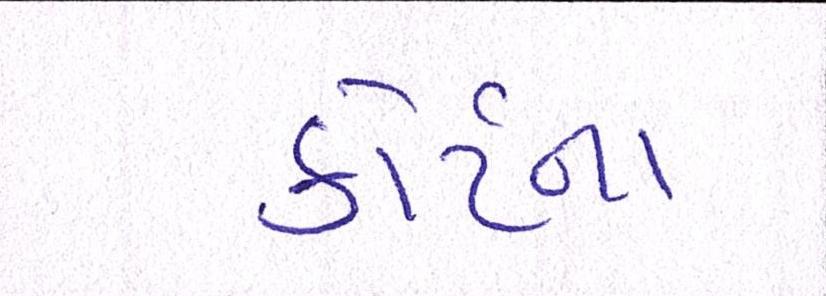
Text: કોર્ટના